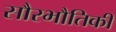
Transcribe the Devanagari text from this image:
सौरभौतिकी